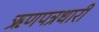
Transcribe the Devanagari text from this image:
ऋणपत्रधारी